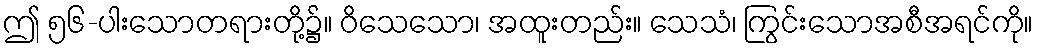
ဤ ၅၆-ပါးသောတရားတို့၌။ ဝိသေသော၊ အထူးတည်း။ သေသံ၊ ကြွင်းသောအစီအရင်ကို။